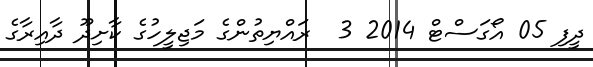
ދީީފި 05 އޯގަސްޓް 2014 3  ރައްޔިތުންގެ މަޖިލީހުގެ ކާށިދޫ ދާއިރާގެ